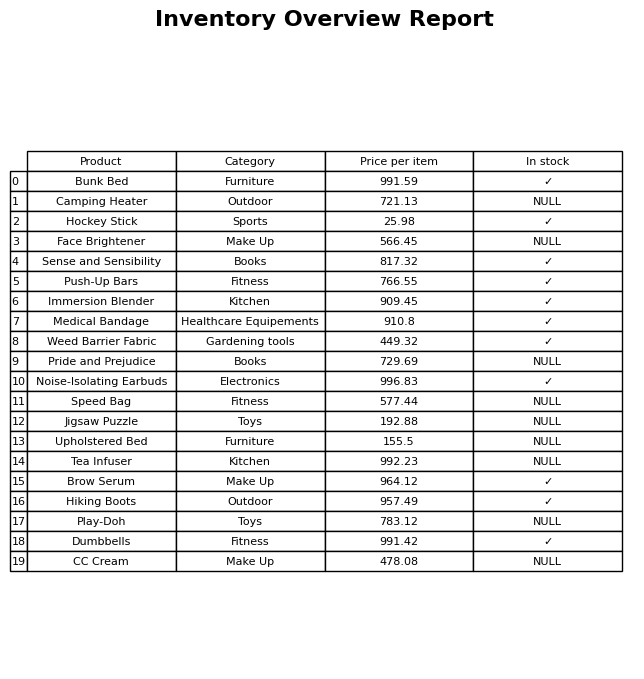
question: Which products are available in stock?
answer: Bunk Bed, Hockey Stick, Sense and Sensibility, Push-Up Bars, Immersion Blender, Medical Bandage, Weed Barrier Fabric, Noise-Isolating Earbuds, Brow Serum, Hiking Boots, Dumbbells